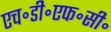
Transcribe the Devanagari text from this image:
एच॰डी॰एफ॰सी॰